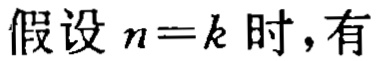
假设 \(n = k\) 时，有